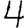
Digit: 4